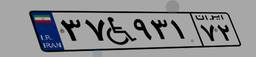
۳۷W۹۳۱۷۲